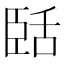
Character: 𬛥